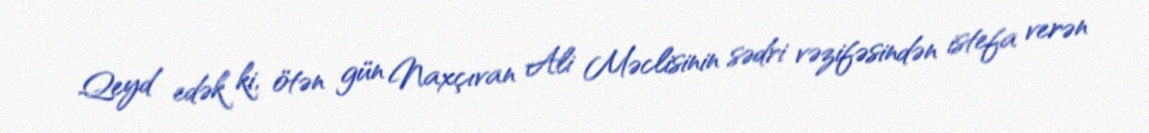
Qeyd edək ki, ötən gün Naxçıvan Ali Məclisinin sədri vəzifəsindən istefa verən